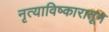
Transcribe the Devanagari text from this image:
नृत्याविष्कारातून